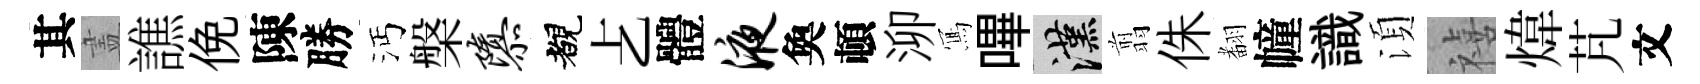
其𥁞譙俛陳勝沔槃隳覩𠧒體液奐頓泖𭂁嗶漢翦侏𮋒幢識湏禧煒芃文